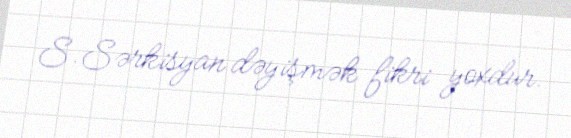
S.Sərkisyan dəyişmək fikri yoxdur.